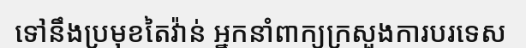
ទៅនឹងប្រមុខតៃវ៉ាន់ អ្នកនាំពាក្យក្រសួងការបរទេស